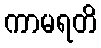
ကာမရတိ